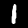
Label: 1